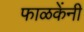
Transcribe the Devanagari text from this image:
फाळकेंनी